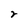
Character: r